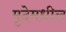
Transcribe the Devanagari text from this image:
मृदेमधील